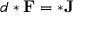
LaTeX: d * \mathbf { F } = * \mathbf { J }